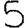
Digit: 5